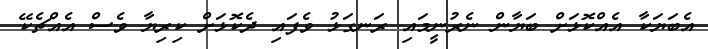
އެބަޔަކާ އެއްކޮޅަށް ބަޔާން ނެރުނީމައި ރަނގަޅު ވެފައި ދެކޮޅަށް ކިރިޔާ ވެސް އެއްޗެކޭ